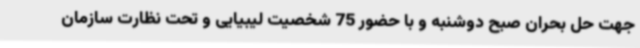
جهت حل بحران صبح دوشنبه و با حضور 75 شخصیت لیبیایی و تحت نظارت سازمان